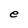
Character: e